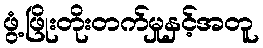
ဖွံ့ဖြိုးတိုးတက်မှုနှင့်အတူ